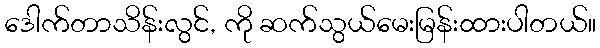
ဒေါက်တာသိန်းလွင်, ကို ဆက်သွယ်မေးမြန်းထားပါတယ်။